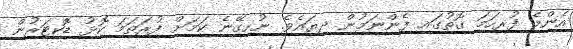
އެންމެ ފުރިހަމަ ގޮތުގައި ފެންނަމުން ދިޔައެވެ. ނުހިގޭނެ ކަމަށް ފުރަތަމަ ކޮޅު ޑޮކްޓަރުން